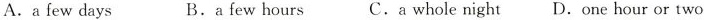
A.a few days B.a few hours C.a whole night D.One hour or two